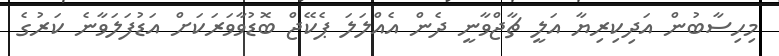
މިހިސާބުން އަދިކިރިޔާ އަލީ ޗާޖްވާނީ ދެން އެއްލަލަ ޕެކޭޖް ބޮޑުވާވަރަކަށް އަޑުފަލަވާނެ ކަރުގެ